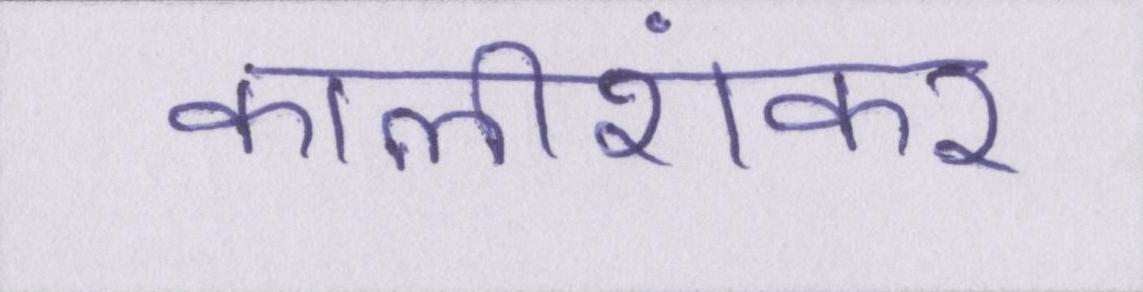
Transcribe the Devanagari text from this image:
कालीशंकर